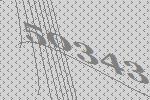
50343